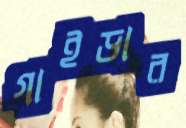
গাইডার